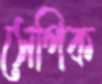
সেপিক